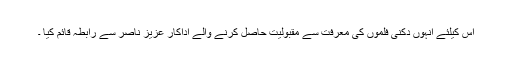
اس کیلئے انہوں دکنی فلموں کی معرفت سے مقبولیت حاصل کرنے والے اداکار عزیز ناصر سے رابطہ قائم کیا ۔